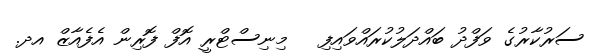
ސަރުކާރުގެ ވަފްދު ބައްދަލުކުރައްވައިފި   މިނިސްޓްރީ އޮފް ފޮރިން އެފެއާޒް އދ.